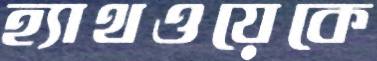
হ্যাথওয়েকে